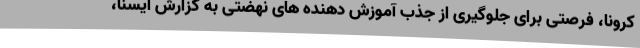
کرونا، فرصتی برای جلوگیری از جذب آموزش دهنده های نهضتی به گزارش ایسنا،